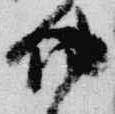
功